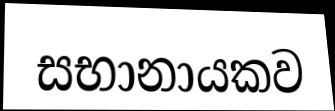
සභානායකව